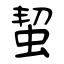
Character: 蛪